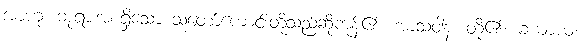
အာဟု၊ ဘုရားအစရှိသော သူတော်ကောင်းတို့သည်ဆိုကုန်၏။ အာသဝါနံ၊ တို့၏။ ခယာယ၊